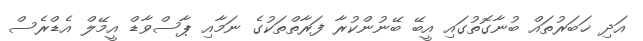
އަދި ޚަބަރުތައް ބުނާގޮތުގައި އީބޭ ބޭނުންކުރާ ފަރާތްތަކުގެ ނަމާއި ޕާސްވާޑް އީމޭލް އެޑްރެސް